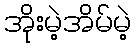
အိုးမဲ့အိမ်မဲ့